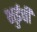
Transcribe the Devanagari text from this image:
भुईची